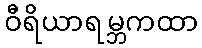
ဝီရိယာရမ္ဘကထာ